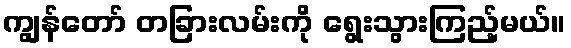
ကျွန်တော် တခြားလမ်းကို ရွေးသွားကြည့်မယ်။